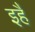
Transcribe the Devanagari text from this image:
इहैं